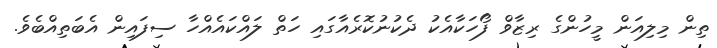
ތިން މިލިއަން މީހުންގެ ރިޒާވް ފޯހަކާއެކު ދެކުނުކޮރެއާގައި ހަތް ލައްކައެއްހާ ސިފައިން އެބަތިއްބެވެ.